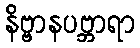
နိဗ္ဗာနပဗ္ဘာရာ